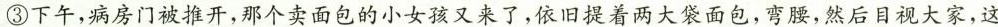
③下午，病房门被推开，那个卖面包的小女孩又来了，依旧提着两大袋面包，弯腰，然后目视大家，这